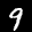
Label: 9